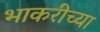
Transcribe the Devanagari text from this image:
भाकरीच्या